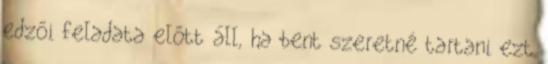
edzői feladata előtt áll, ha bent szeretné tartani ezt